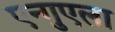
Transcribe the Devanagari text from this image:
एन्गुएला